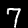
Digit: 7